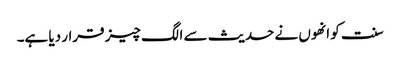
سنت کو انھوں نے حدیث سے الگ چیز قرار دیا ہے۔